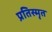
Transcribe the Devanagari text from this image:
प्रतिस्मृत